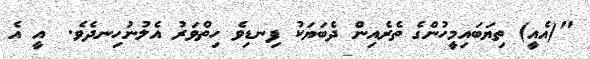
"(އެއީ) ތިޔަބައިމީހުންގެ ތެރެއިން ދެބަޔަކު ފިނޑިވެ ހިތްވަރު އެލުނުހިނދެވެ.  އީ އެ